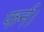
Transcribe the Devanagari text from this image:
फर्न।